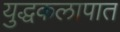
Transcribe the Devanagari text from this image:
युद्धकलापात